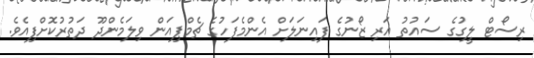
ރިސޯޓް ލީގުގެ ސައުތު އަރި ޒޯނުގެ ފައިނަލަށް އެންމެފަހުގެ ޗެމްޕިއަން ވިލަމެންދޫ ދަތުރުކޮށްފިއެވެ.